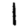
Digit: 1